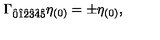
\Gamma _ { \hat { 0 } \hat { 1 } \hat { 2 } \hat { 3 } \hat { 4 } \hat { 5 } } \eta _ { ( 0 ) } = \pm \eta _ { ( 0 ) } ,